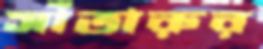
সাঁতারুর